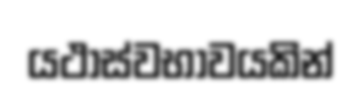
යථාස්වභාවයකින්